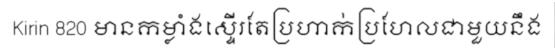
Kirin 820 មានកម្លាំងស្ទើរតែប្រហាក់ប្រហែលជាមួយនឹង